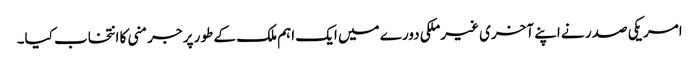
امریکی صدر نے اپنے آخری غیرملکی دورے میں ایک اہم ملک کے طور پر جرمنی کا انتخاب کیا۔